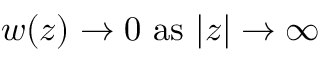
w ( z ) \rightarrow 0 \mathrm { \ a s \ } | z | \rightarrow \infty